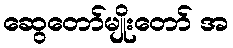
ဆွေတော်မျိုးတော် အ